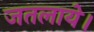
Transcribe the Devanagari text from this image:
जतलाये।